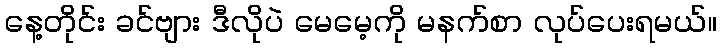
နေ့တိုင်း ခင်ဗျား ဒီလိုပဲ မေမေ့ကို မနက်စာ လုပ်ပေးရမယ်။